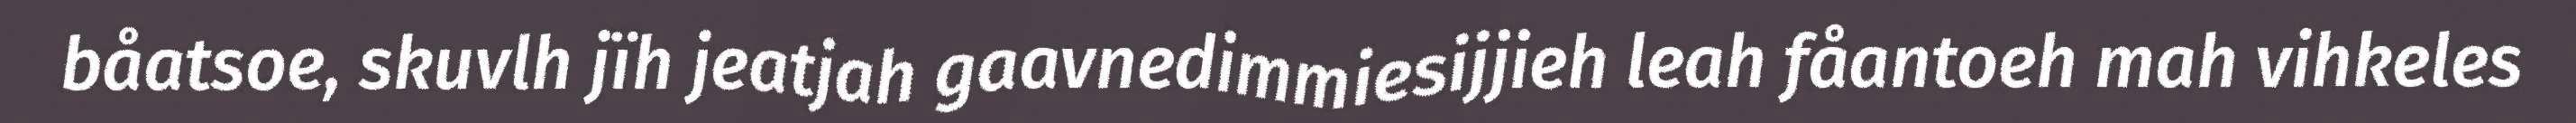
båatsoe, skuvlh jïh jeatjah gaavnedimmiesijjieh leah fåantoeh mah vihkeles